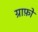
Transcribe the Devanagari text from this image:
ग्राफ़ो